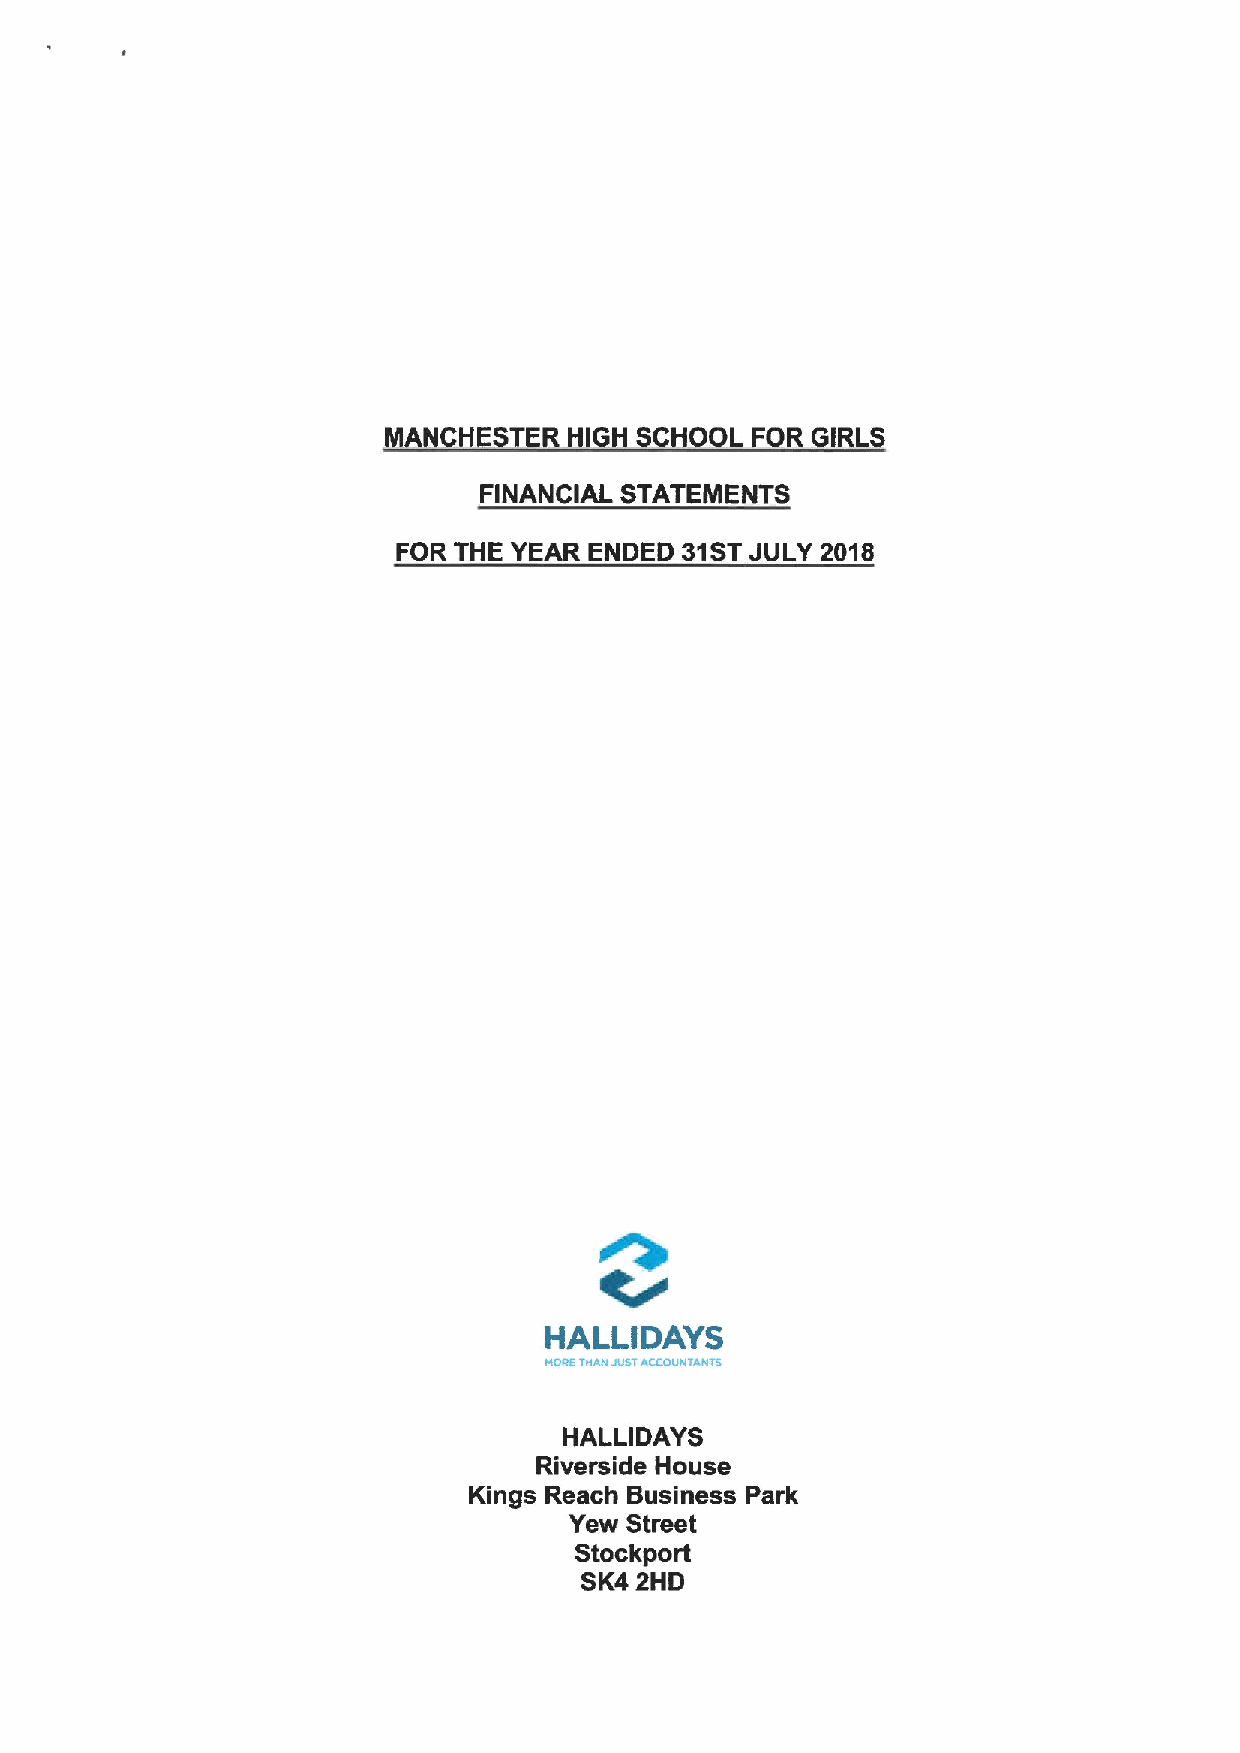
MANCHESTER   HIGH SCHOOL FOR GIRLS
 FINANCIAL STATEMENTS
 FOR THE YEAR ENDED 31STJULY 2018
 HALLIDAYS
 MORETHAN JUSTACCOUNTANTS
 HALLIDAYS
 Riverside House
 Kings Reach Business Park
 Yew Street
 Stockport
 SK42HD